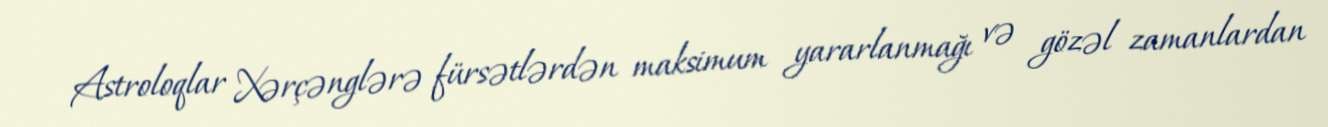
Astroloqlar Xərçənglərə fürsətlərdən maksimum yararlanmağı və gözəl zamanlardan